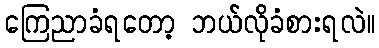
ကြေညာခံရတော့ ဘယ်လိုခံစားရလဲ။